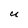
Character: u